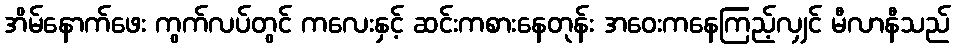
အိမ်နောက်ဖေး ကွက်လပ်တွင် ကလေးနှင့် ဆင်းကစားနေတုန်း အဝေးကနေကြည့်လျှင် မီလာနီသည်